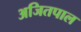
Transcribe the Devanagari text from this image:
अजितपाल